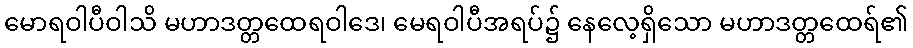
မောရဝါပီဝါသိ မဟာဒတ္တထေရဝါဒေ၊ မေရဝါပီအရပ်၌ နေလေ့ရှိသော မဟာဒတ္တထေရ်၏